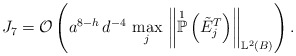
\begin{align*}J_{7} = \mathcal{O}\left(a^{8-h} \, d^{-4} \, \max_j \,\left\Vert \overset{1}{\mathbb{P}}\left( \tilde{E}^{T}_j\right) \right\Vert_{\mathbb{L}^{2}(B)}\right). \end{align*}